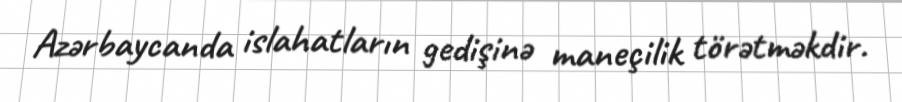
Azərbaycanda islahatların gedişinə maneçilik törətməkdir.